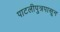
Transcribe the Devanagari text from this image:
पाटलीपुत्रपासून